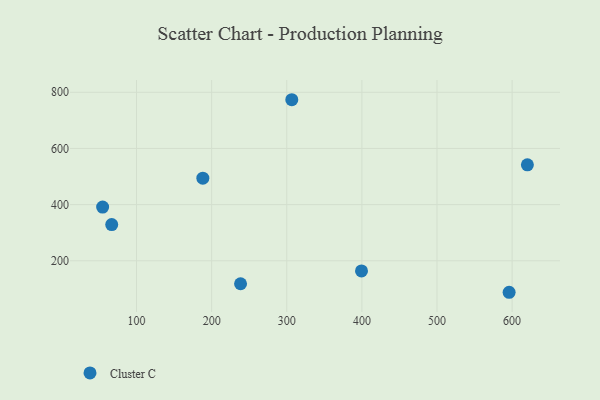
{"axis": {"x": "Speed", "y": "Salary"}, "legend": ["Cluster C"], "data": [{"x": "596.0", "y": 87.9, "type": "Cluster C"}, {"x": "399.5", "y": 164.0, "type": "Cluster C"}, {"x": "620.3", "y": 541.7, "type": "Cluster C"}, {"x": "238.5", "y": 118.2, "type": "Cluster C"}, {"x": "188.3", "y": 494.2, "type": "Cluster C"}, {"x": "306.7", "y": 773.5, "type": "Cluster C"}, {"x": "67.0", "y": 328.9, "type": "Cluster C"}, {"x": "54.9", "y": 391.2, "type": "Cluster C"}]}